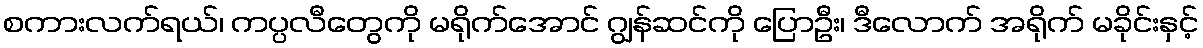
စကားလက်ရယ်၊ ကပ္ပလီတွေကို မရိုက်အောင် ဂျွန်ဆင်ကို ပြောဦး၊ ဒီလောက် အရိုက် မခိုင်းနှင့်